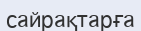
сайрақтарға